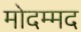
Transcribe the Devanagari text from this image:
मोदम्मद